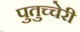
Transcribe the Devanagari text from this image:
पुतुच्चेरी